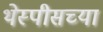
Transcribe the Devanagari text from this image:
थेस्पीसच्या